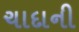
ચાદાની